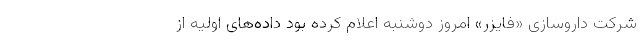
شرکت داروسازی «فایزر» امروز دوشنبه اعلام کرده بود داده‌های اولیه از